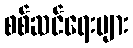
စစ်ဆင်ရေးများ